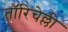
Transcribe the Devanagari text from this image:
तॉरिचेल्ली